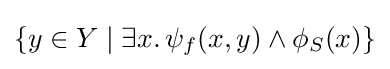
\{y\in Y\mid \exists x.\,\psi _{f}(x,y)\land \phi _{S}(x)\}